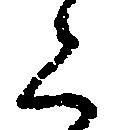
く